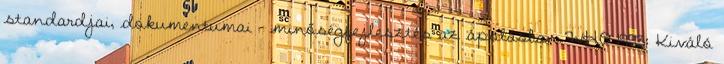
standardjai, dokumentumai – minőségfejlesztés az ápolásban WHO 1993: Kiváló